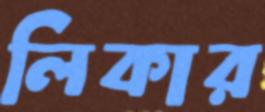
লিকার